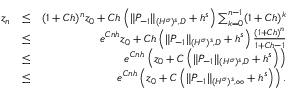
\begin{array} { r l r } { z _ { n } } & { \leq } & { ( 1 + C h ) ^ { n } z _ { 0 } + C h \left( \| P _ { - 1 } \| _ { { ( H ^ { \sigma } ) ^ { s } } , D } + h ^ { s } \right) \sum _ { k = 0 } ^ { n - 1 } ( 1 + C h ) ^ { k } } \\ & { \leq } & { e ^ { C n h } z _ { 0 } + C h \left( \| P _ { - 1 } \| _ { { ( H ^ { \sigma } ) ^ { s } } , D } + h ^ { s } \right) \frac { ( 1 + C h ) ^ { n } } { 1 + C h - 1 } } \\ & { \leq } & { e ^ { C n h } \left( z _ { 0 } + C \left( \| P _ { - 1 } \| _ { { ( H ^ { \sigma } ) ^ { s } } , D } + h ^ { s } \right) \right) } \\ & { \leq } & { e ^ { C n h } \left( z _ { 0 } + C \left( \| P _ { - 1 } \| _ { { ( H ^ { \sigma } ) ^ { s } } , \infty } + h ^ { s } \right) \right) . } \end{array}